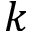
k